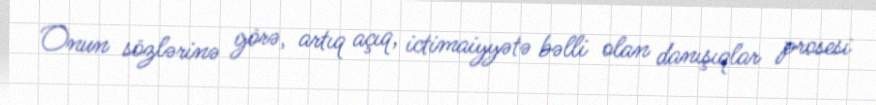
Onun sözlərinə görə, artıq açıq, ictimaiyyətə bəlli olan danışıqlar prosesi